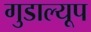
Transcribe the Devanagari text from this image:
गुडाल्यूप